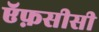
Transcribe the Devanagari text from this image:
ऍफ़सीसी